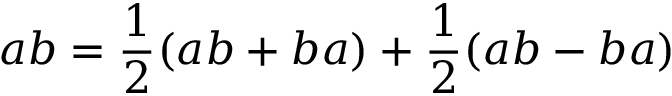
a b = { \frac { 1 } { 2 } } ( a b + b a ) + { \frac { 1 } { 2 } } ( a b - b a )